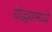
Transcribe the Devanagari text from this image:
योद्धयांमध्ये